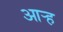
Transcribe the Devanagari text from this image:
आर्‍ह